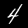
Label: 4